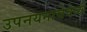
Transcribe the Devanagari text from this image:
उपनयनाचेवेळीं